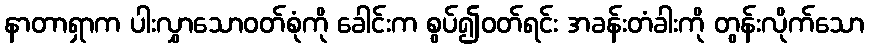
နာတာရှာက ပါးလွှာသောဝတ်စုံကို ခေါင်းက စွပ်၍ဝတ်ရင်း အခန်းတံခါးကို တွန်းလိုက်သော